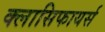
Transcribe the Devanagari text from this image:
क्लासिफायर्स